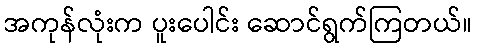
အကုန်လုံးက ပူးပေါင်း ဆောင်ရွက်ကြတယ်။